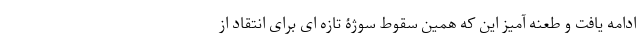
ادامه یافت و طعنه آمیز این که همین سقوط سوژۀ تازه ای برای انتقاد از